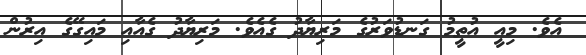
އެވެ. މިއީ އުތީމު ގަނޑުވަރުގެ މަރިޔާދު ގެއެވެ. މަރިޔާދު ގެއާއި މައިގޭގެ އިރުން